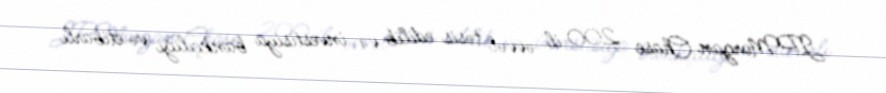
JPMorgan Chase 200 il əvvəl təsis edilib və investisiya bankçılığı və etibarlı